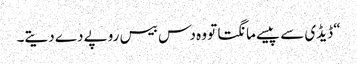
“ ڈیڈی سے پیسے مانگتا تو وہ دس بیس روپے دے دیتے۔